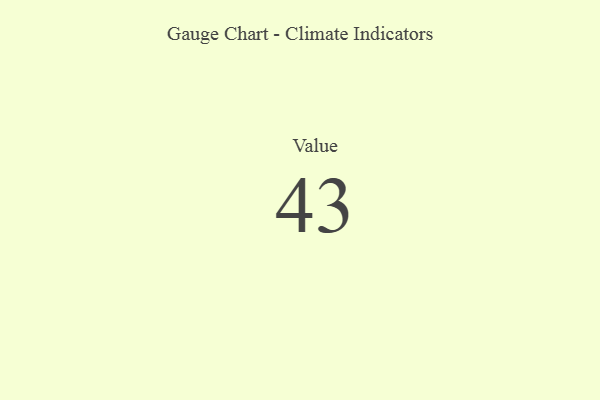
{"axis": {"x": "Metric", "y": "Value"}, "legend": [""], "data": [{"x": "Value", "y": 43, "type": ""}]}